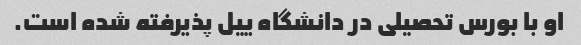
او با بورس تحصیلی در دانشگاه ییل پذیرفته شده است.